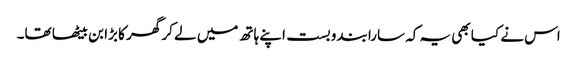
اس نے کیا بھی یہ کہ سارا بندوبست اپنے ہاتھ میں لے کر گھر کا بڑا بن بیٹھا تھا۔